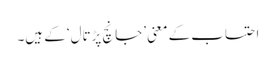
احتساب کے معنی ’جانچ پڑتال‘ کے ہیں۔